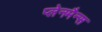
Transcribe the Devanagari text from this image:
प्लेनमैन्स